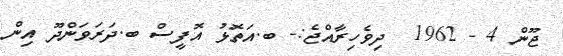
ޖޫން 4 - 1962  ދިވެހިރާއްޖެ:- ބ.އަތޮޅު އޮފީސް ބ.ދަރަވަންދޫ އިން